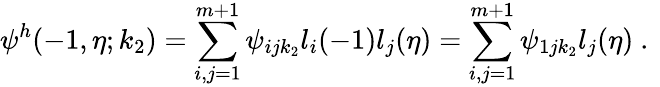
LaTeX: \psi^{h}(-1,\eta;k_{2})=\sum_{i,j=1}^{m+1}{\psi_{ijk_{2}}l_{i}(-1)l_{j}(\eta)}=\sum_{i,j=1}^{m+1}{\psi_{1jk_{2}}l_{j}(\eta)}\mathrm{~.~}